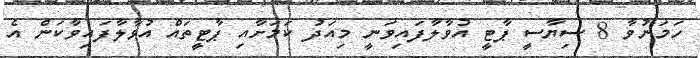
ހަމަނުވާ 8 ސިޔާސީ ޕާޓީ އުވާލާފައިވަނީ މިއަދު ކަމަށާއި ޕާޓީތައް އުވާލާފައިވާކަން އެ